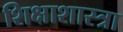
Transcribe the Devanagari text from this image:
शिक्षाशास्त्रा